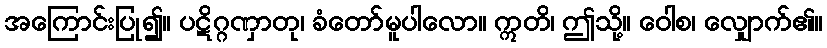
အကြောင်းပြု၍။ ပဋိဂ္ဂဏှာတု၊ ခံတော်မူပါလော။ ဣတိ၊ ဤသို့။ ဝေါစ၊ လျှောက်၏။